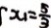
x _ { 1 } = \frac { 5 } { 3 }